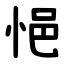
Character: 悒